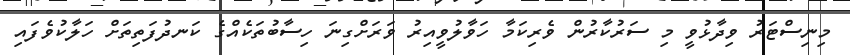
މިނިސްޓަރު ވިދާޅުވީ މި ސަރުކާރުން ވެރިކަމާ ހަވާލުވީއިރު ވަރަށްގިނަ ހިސާބުތަކެއްގެ ކަނދުފަތިތަށް ހަލާކުވެފައި